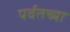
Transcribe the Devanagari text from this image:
पर्वतच्या